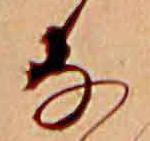
な